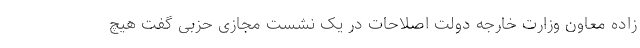
زاده معاون وزارت خارجه دولت اصلاحات در یک نشست مجازی حزبی گفت هیچ